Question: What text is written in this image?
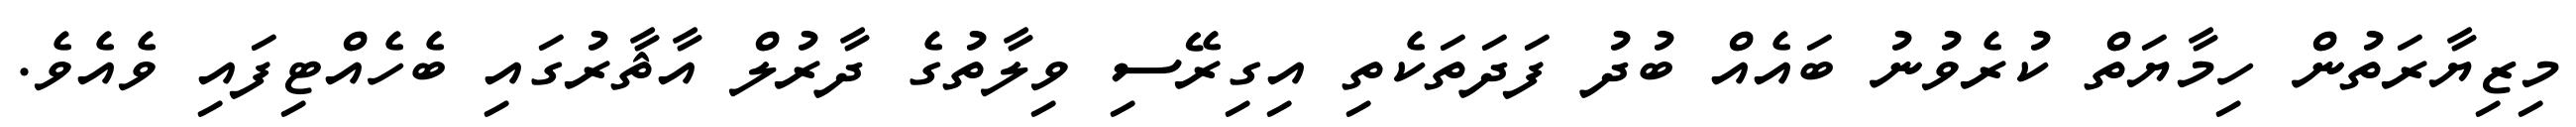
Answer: މިޒިޔާރަތުން ހިމާޔަތް ކުރެވުނު ބައެއް ބުދު ފަދަތަކެތި އިގިރޭސި ވިލާތުގެ ދާރުލް އާޘާރުގައި ބެހެއްޓިފައި ވެއެވެ.